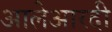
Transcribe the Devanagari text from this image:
आलेआरदी